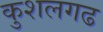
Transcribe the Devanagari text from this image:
कुशलगढ